Lunatic asylums in Bengal annual reports 1912-1924 - 1912-1924
Year: 1912
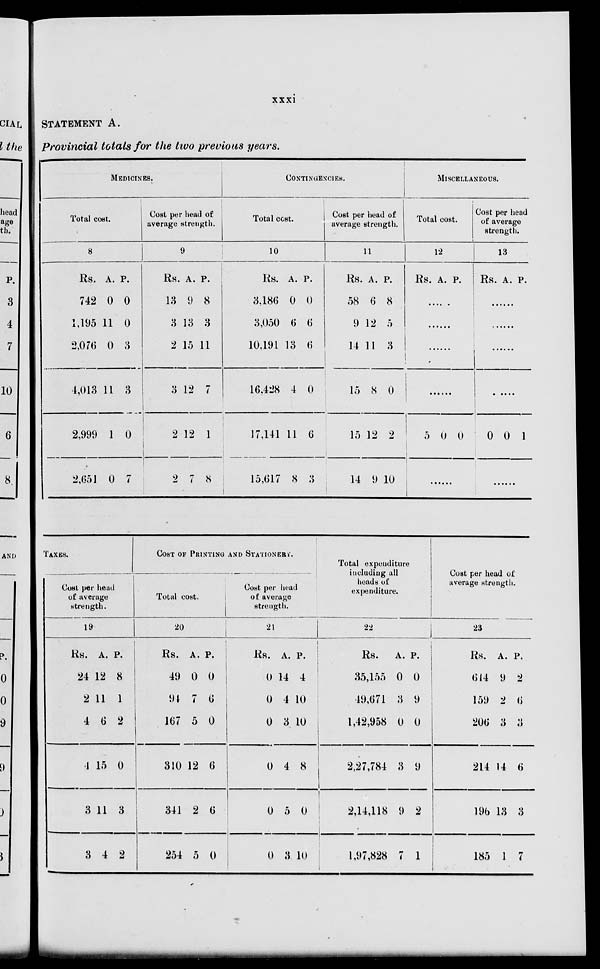
xxxi
STATEMENT A.
Provincial totals for the two previous years.
MEDICINES.
Total cost.
8
Rs.
742
1,195
2,076
4,013
2,999
2,651
A.
0
11
0
11
1
0
P.
0
0
3
3
0
7
Cost per head of
average strength.
9
Rs.
13
3
2
3
2
2
A.
9
13
15
12
12
7
P.
8
3
11
7
1
8
CONTINGENCIES.
Total cost.
10
Rs.
3,186
3,050
10,191
16,428
17,141
15,617
A.
0
6
13
4
11
8
P.
0
6
6
0
6
3
Cost per head of
average strength.
11
Rs.
58
9
14
15
15
14
A.
6
12
11
8
12
9
P.
8
5
3
0
2
10
MISCELLANEOUS.
Total cost.
12
Rs. A. P.
......
......
......
......
5 0
Cost per head
of average
strength.
13
Rs. A. P.
......
......
......
......
0
0
......
0 1
......
TAXES.
Cost per head
of average
strength.
19
Rs.
24
2
4
4
3
3
A.
12
11
6
15
11
4
P.
8
1
2
0
3
2
COST OF PRINTING AND STATIONERY.
Total cost.
20
Rs.
49
94
167
310
341
254
A.
0
7
5
12
2
0
P.
0
6
0
6
6
0
Cost per head
of average
strength.
21
Rs.
0
0
0
0
0
0
A.
14
4
3
4
5
3
P.
4
10
10
8
0
10
Total expenditure
including all
heads of
expenditure.
22
Rs.
35,155
49,671
1,42,958
2,27,784
2,14,118
1,97,828
A.
0
3
0
3
9
7
P.
0
9
0
9
2
1
Cost per head of
average strength.
23
Rs.
614
159
206
214
196
185
A.
9
2
3
14
13
1
P.
2
6
3
6
3
7